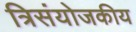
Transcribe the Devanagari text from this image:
त्रिसंयोजकीय